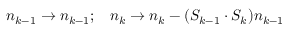
\begin{array} { c c } { { n _ { k - 1 } \rightarrow n _ { k - 1 } ; } } & { { n _ { k } \rightarrow n _ { k } - ( S _ { k - 1 } \cdot S _ { k } ) n _ { k - 1 } } } \end{array}